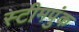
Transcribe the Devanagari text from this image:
स्टीमपुंक